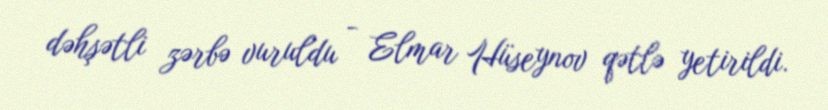
dəhşətli zərbə vuruldu - Elmar Hüseynov qətlə yetirildi.